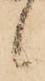
候